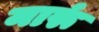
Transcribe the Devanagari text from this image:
मारूं